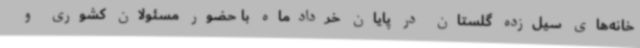
خانه‌های سیل‌زده گلستان در پایان خردادماه با حضور مسئولان کشوری و